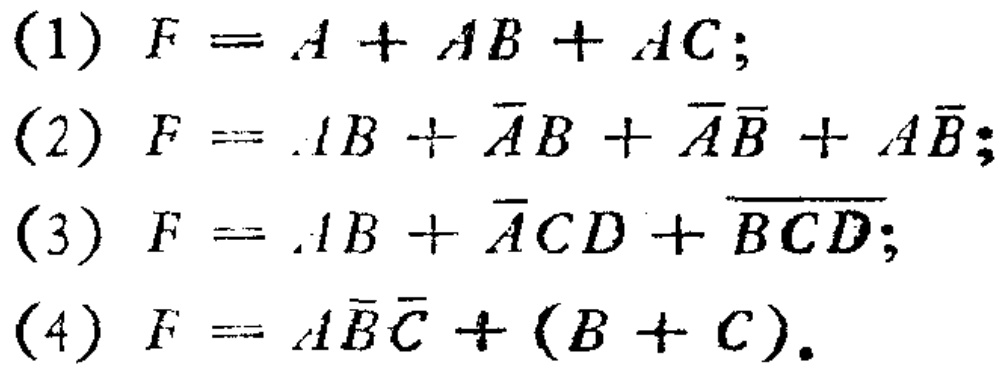
(1) \(F = A + AB+AC\);

(2) \(F = AB+\overline{A}B+\overline{A}\overline{B}+A\overline{B}\);

(3) \(F = AB+\overline{A}CD+\overline{BCD}\);

(4) \(F = A\overline{B}\overline{C}+(B + C)\).